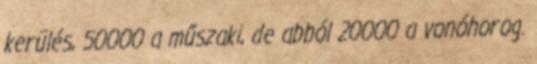
kerülés, 50000 a műszaki, de abból 20000 a vonóhorog.